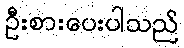
ဦးစားပေးပါသည်